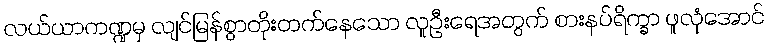
လယ်ယာကဏ္ဍမှ လျင်မြန်စွာတိုးတက်နေသော လူဦးရေအတွက် စားနပ်ရိက္ခာ ဖူလုံအောင်